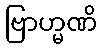
ဗြာဟ္မဏိ